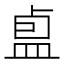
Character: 𪾏